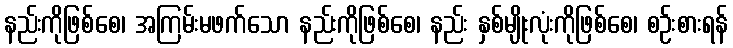
နည်းကိုဖြစ်စေ၊ အကြမ်းမဖက်သော နည်းကိုဖြစ်စေ၊ နည်း နှစ်မျိုးလုံးကိုဖြစ်စေ၊ စဉ်းစားရန်